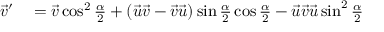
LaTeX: \begin{array} { r l } { { \vec { v } } ^ { \prime } } & { { } = { \vec { v } } \cos ^ { 2 } { \frac { \alpha } { 2 } } + ( { \vec { u } } { \vec { v } } - { \vec { v } } { \vec { u } } ) \sin { \frac { \alpha } { 2 } } \cos { \frac { \alpha } { 2 } } - { \vec { u } } { \vec { v } } { \vec { u } } \sin ^ { 2 } { \frac { \alpha } { 2 } } } \end{array}